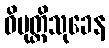
ဝိမုတ္တိသုခေန